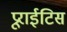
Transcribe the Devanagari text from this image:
प्रूराईटिस